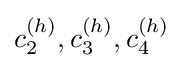
{c_{2}^{(h)},c_{3}^{(h)},c_{4}^{(h)}}